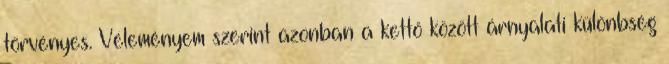
törvényes. Véleményem szerint azonban a kettő között árnyalati különbség